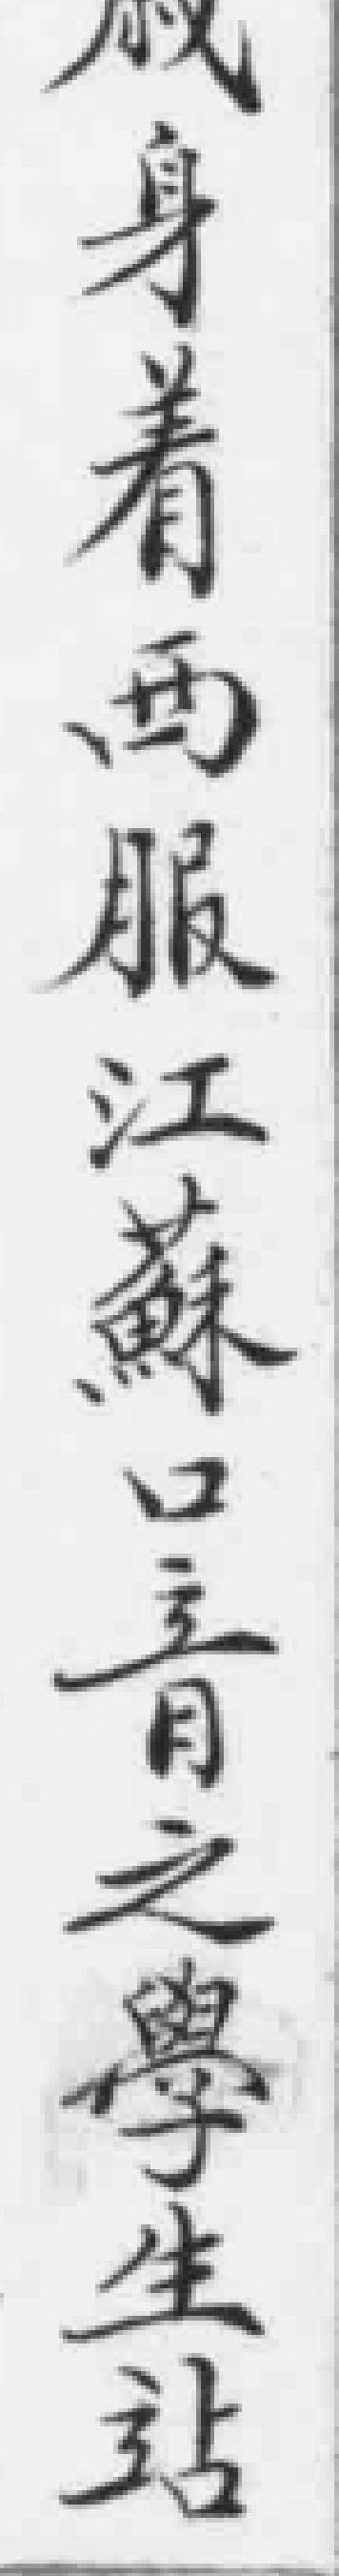
身着西服江蘇口青之學生站